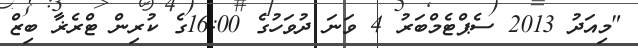
"މިއަދު 2013 ސެޕްޓެމްބަރު 4 ވަނަ ދުވަހުގެ 16:00ގެ ކުރިން ޓްރެޜާ ބިޒް